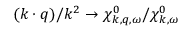
( \boldsymbol { k } \cdot \boldsymbol { q } ) / k ^ { 2 } \to \chi _ { \boldsymbol { k } , \boldsymbol { q } , \omega } ^ { 0 } / \chi _ { \boldsymbol { k } , \omega } ^ { 0 }